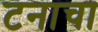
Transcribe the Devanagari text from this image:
टनाचा